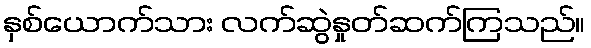
နှစ်ယောက်သား လက်ဆွဲနှုတ်ဆက်ကြသည်။